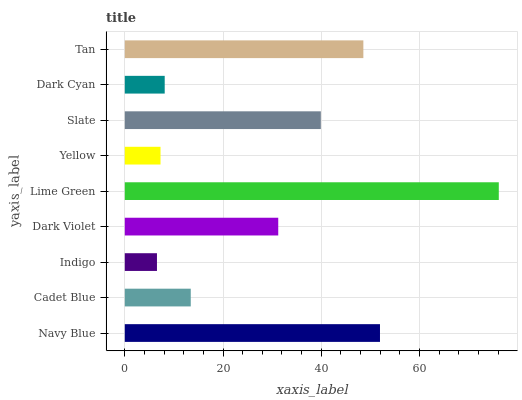
| yaxis_label | bars |
 | --- | --- |
 | Navy Blue | 52 |
 | Cadet Blue | 13.4 |
 | Indigo | 6.55 |
 | Dark Violet | 31.2 |
 | Lime Green | 76.1 |
 | Yellow | 7.27 |
 | Slate | 39.9 |
 | Dark Cyan | 8.13 |
 | Tan | 48.6 |